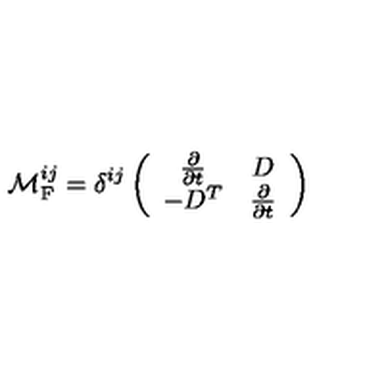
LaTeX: { \cal M } _ { \mathrm { F } } ^ { i j } = \delta ^ { i j } \left( \begin{array} { c c } { \frac { \partial } { \partial t } } & { D } \\ { - D ^ { T } } & { \frac { \partial } { \partial t } } \\ \end{array} \right)